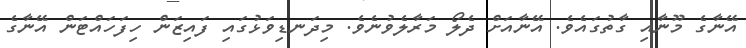
އޭނާގެ މޫނާއި ގާތުގައެވެ. އޭނާއަށް ދެލޯ މަރާލެވުނެވެ. މިދަނޑިވަޅުގައި ފައިޒަން ހިފަހައްޓަން އޭނާގެ